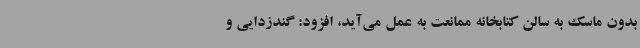
بدون ماسک به سالن کتابخانه ممانعت به عمل می‌آید، افزود: گندزدایی و